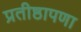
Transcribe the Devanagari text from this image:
प्रतीष्ठापणा